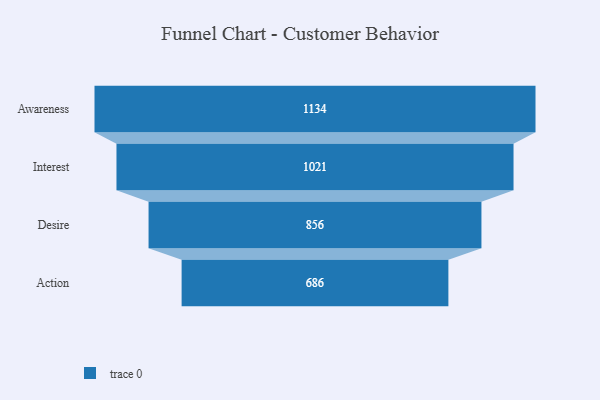
{"axis": {"x": "Stage", "y": "Value"}, "legend": [""], "data": [{"x": "Awareness", "y": 1134.0, "type": ""}, {"x": "Interest", "y": 1021.0, "type": ""}, {"x": "Desire", "y": 856.0, "type": ""}, {"x": "Action", "y": 686.0, "type": ""}]}